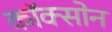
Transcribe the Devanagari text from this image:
कॉक्सोन